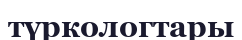
түркологтары